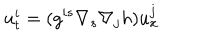
LaTeX: u _ { t } ^ { i } = ( g ^ { i s } \nabla _ { s } \nabla _ { j } h ) u _ { x } ^ { j }